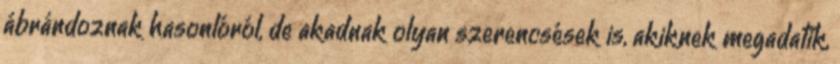
ábrándoznak hasonlóról, de akadnak olyan szerencsések is, akiknek megadatik,